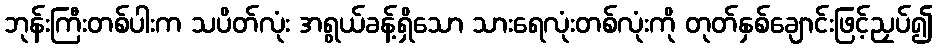
ဘုန်းကြီးတစ်ပါးက သပိတ်လုံး အရွယ်ခန့်ရှိသော သားရေလုံးတစ်လုံးကို တုတ်နှစ်ချောင်းဖြင့်ညှပ်၍